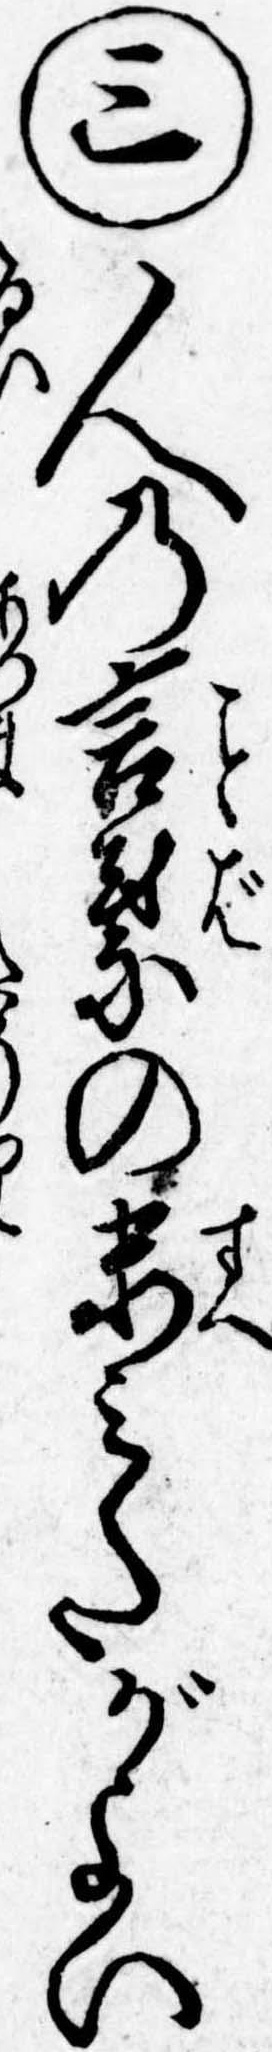
㊂人の言葉の末みたがよい